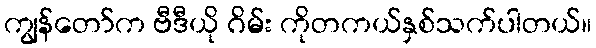
ကျွန်တော်က ဗီဒီယို ဂိမ်း ကိုတကယ်နှစ်သက်ပါတယ်။